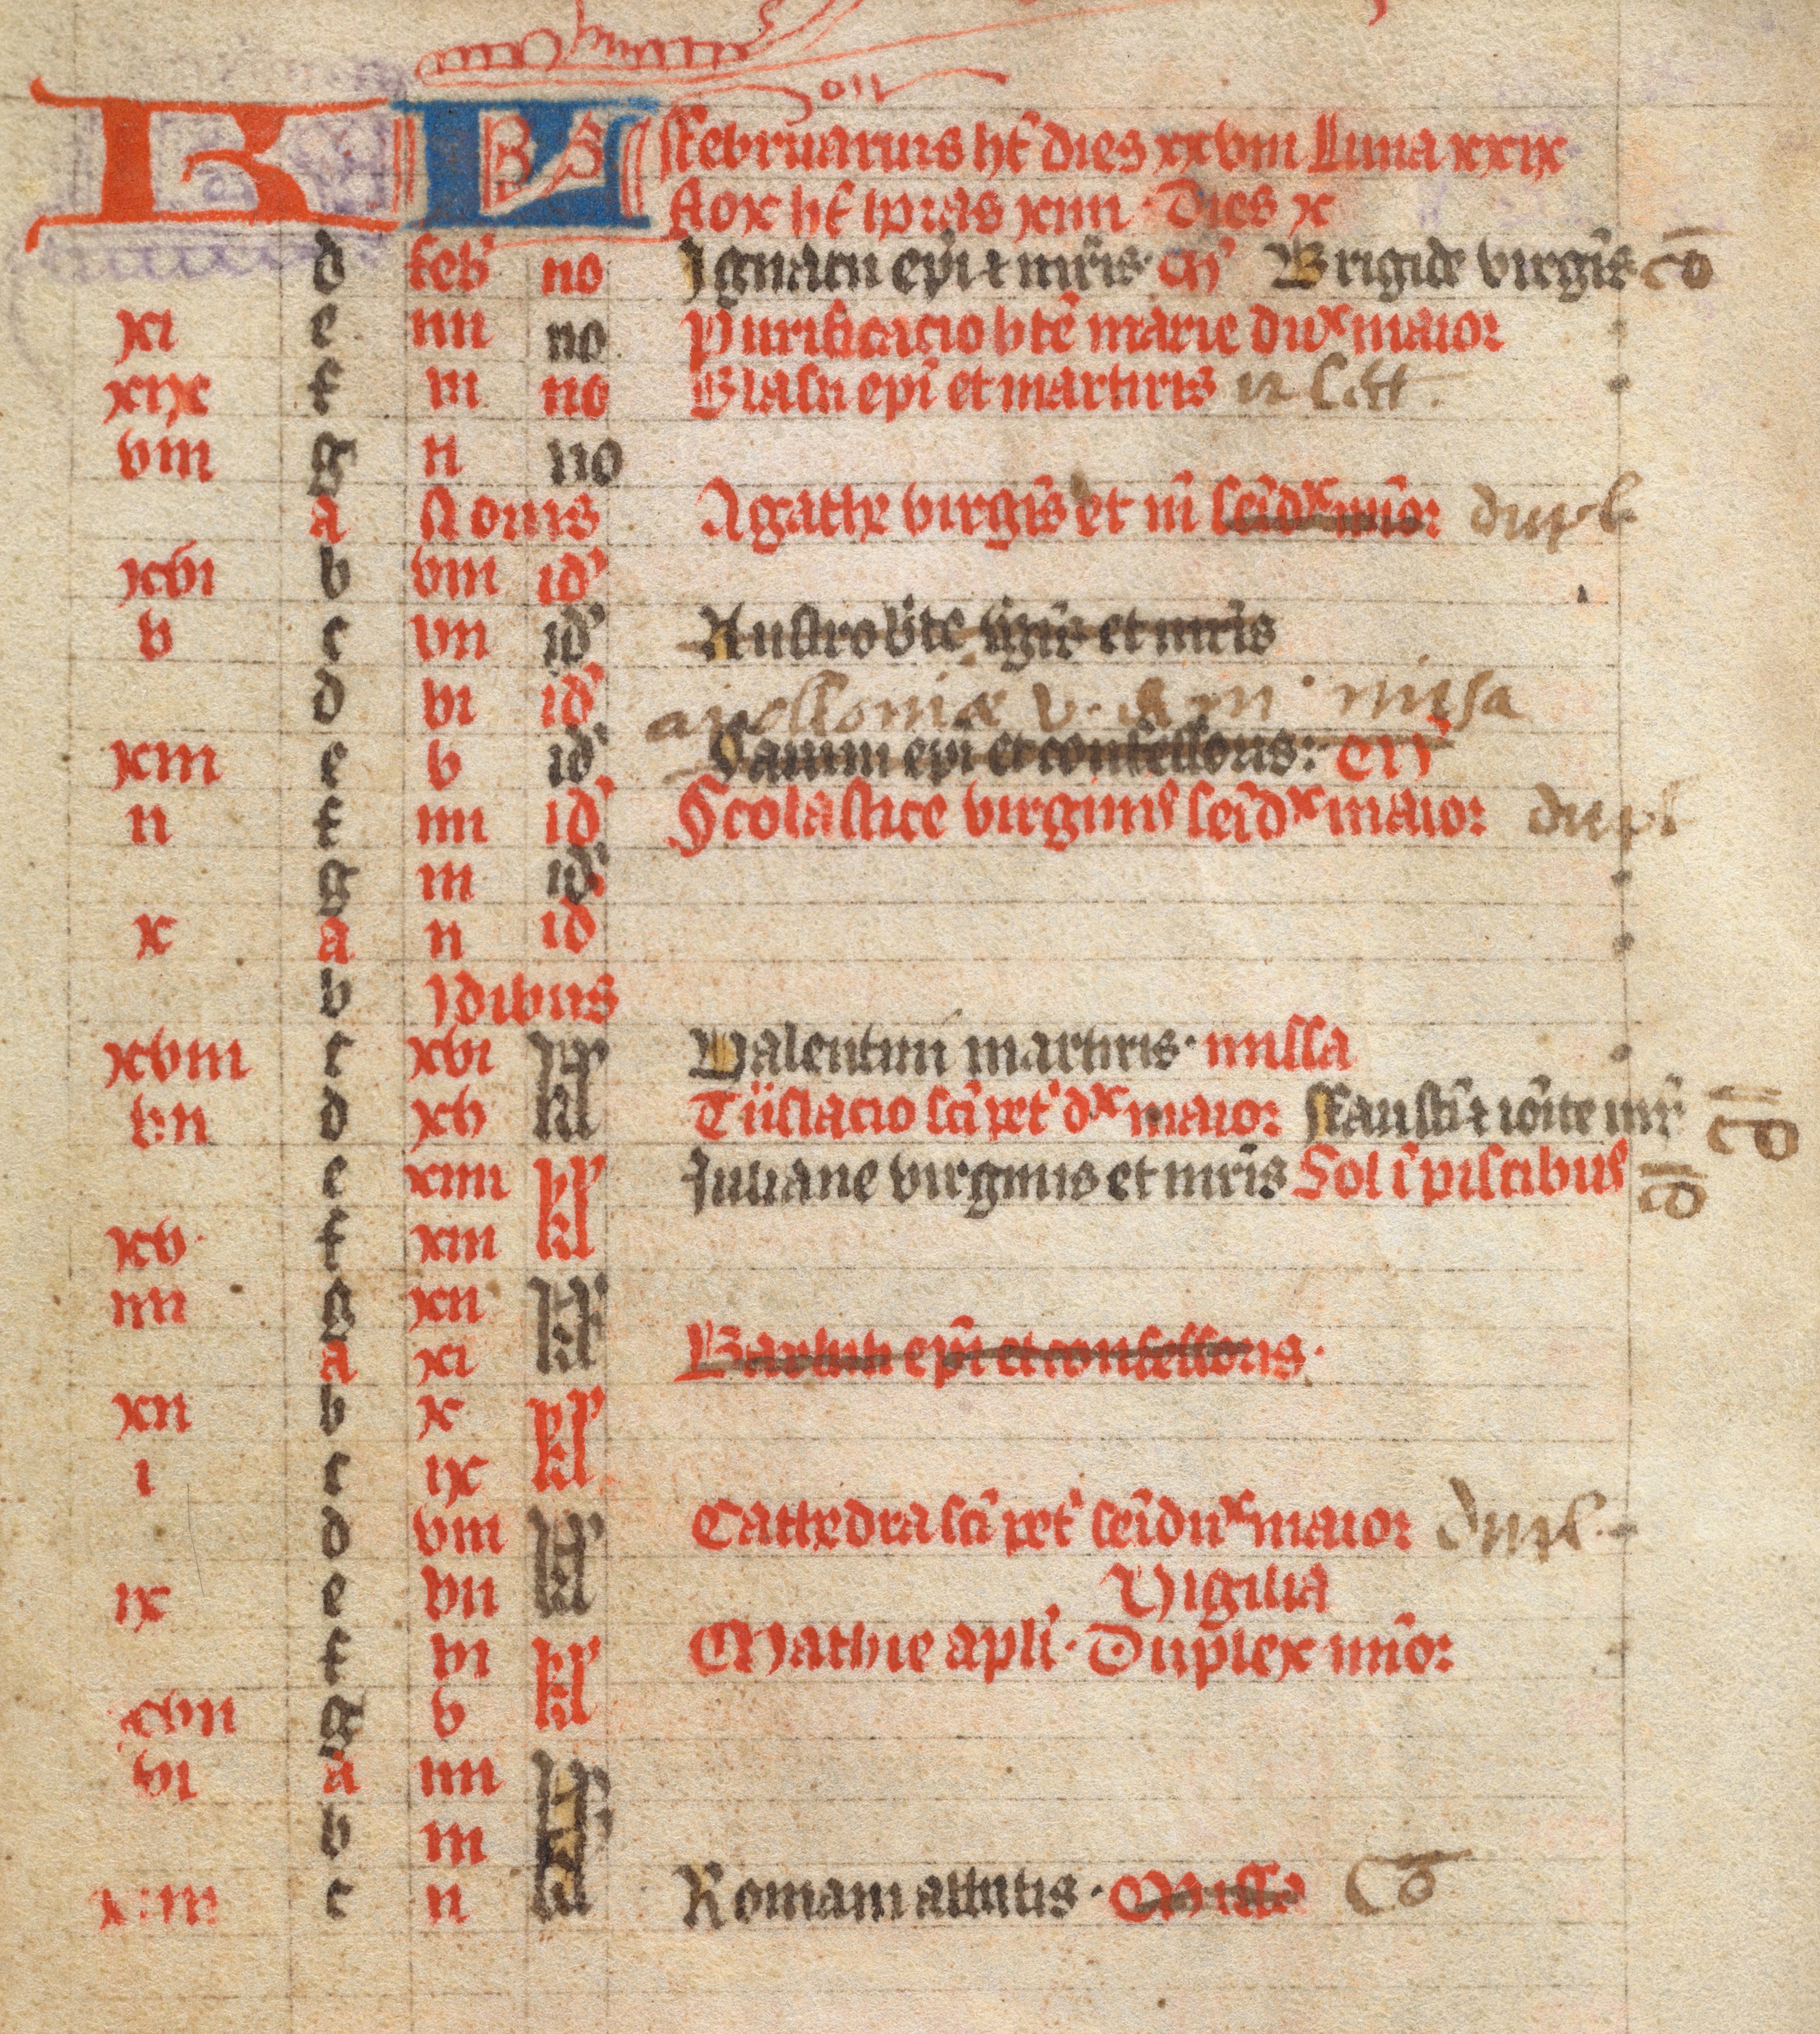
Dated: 1300–1399